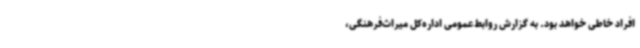
افراد خاطی خواهد بود. به گزارش روابط‌عمومی اداره‌کل میراث‌فرهنگی،